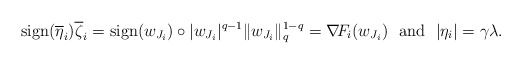
\begin{align*} {\rm sign}(\overline{\eta}_i)\overline{\zeta}_i ={\rm sign}(w_{J_i})\circ|w_{J_i}|^{q-1}\|w_{J_i}\|_q^{1-q}=\nabla\!F_i(w_{J_i}) \ \ {\rm and}\ \ |\eta_i|=\gamma\lambda. \end{align*}